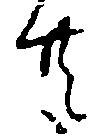
共